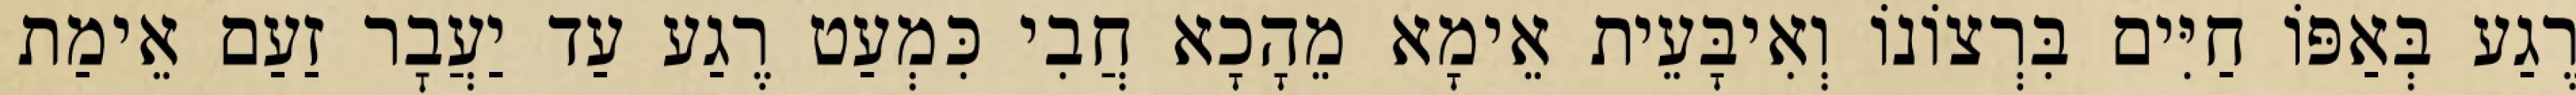
רֶגַע בְּאַפּוֹ חַיִּים בִּרְצוֹנוֹ וְאִיבָּעֵית אֵימָא מֵהָכָא חֲבִי כִּמְעַט רֶגַע עַד יַעֲבׇר זַעַם אֵימַת